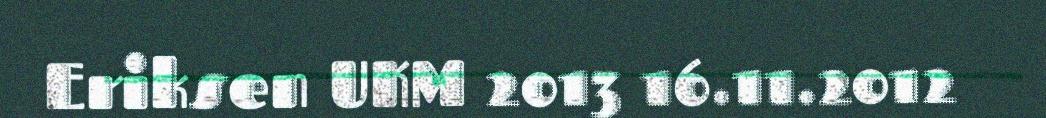
Eriksen UKM 2013 16.11.2012